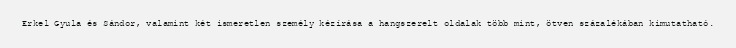
Erkel Gyula és Sándor, valamint két ismeretlen személy kézírása a hangszerelt oldalak több mint, ötven százalékában kimutatható.